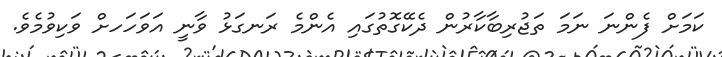
ކަމަށް ފެންނަ ނަމަ ތަޖުރިބާކާރުން ދެކޭގޮތުގައި އެންމެ ރަނގަޅު ވާނީ އަވަހަހށް ވަކިވުމެވެ.